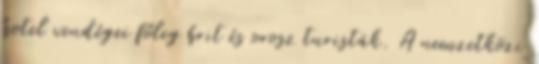
hotel vendégei főleg brit és orosz turisták. A nemzetközi